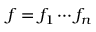
f = f _ { 1 } \cdots f _ { n }